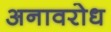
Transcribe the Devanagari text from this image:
अनावरोध